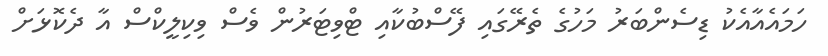
ހަމައެއާއެކު ޑިސެންބަރު މަހުގެ ތެރޭގައި ފޭސްބުކާއި ޓްވިޓަރުން ވެސް ވިކިލީކްސް އާ ދެކޮޅަށް